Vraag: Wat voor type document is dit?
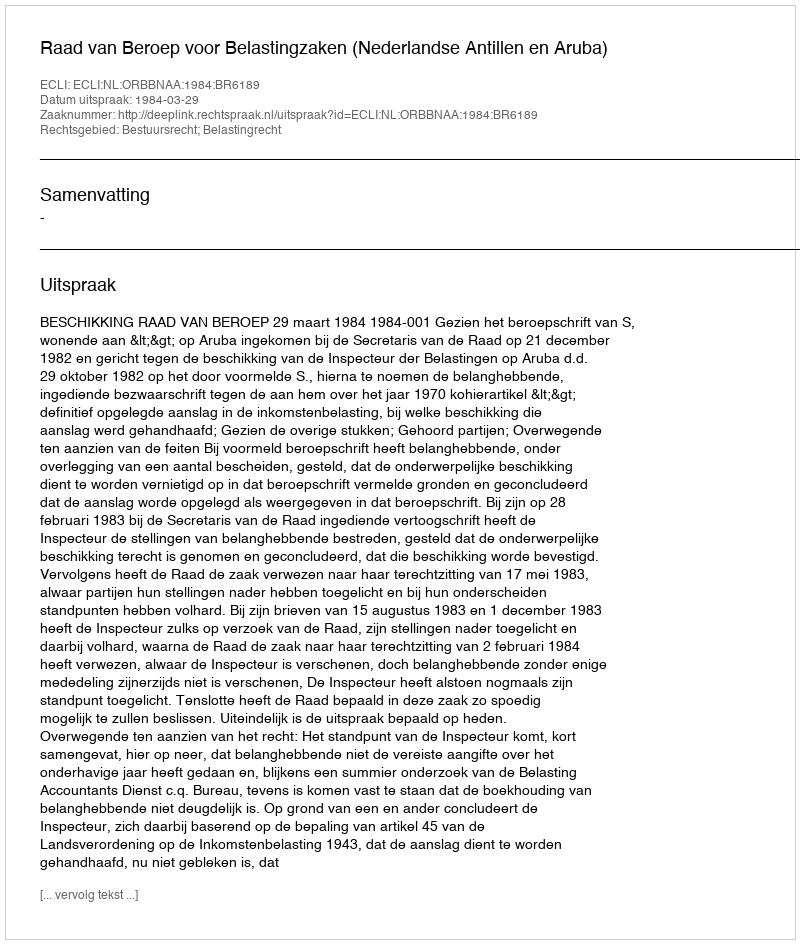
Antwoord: Uitspraak